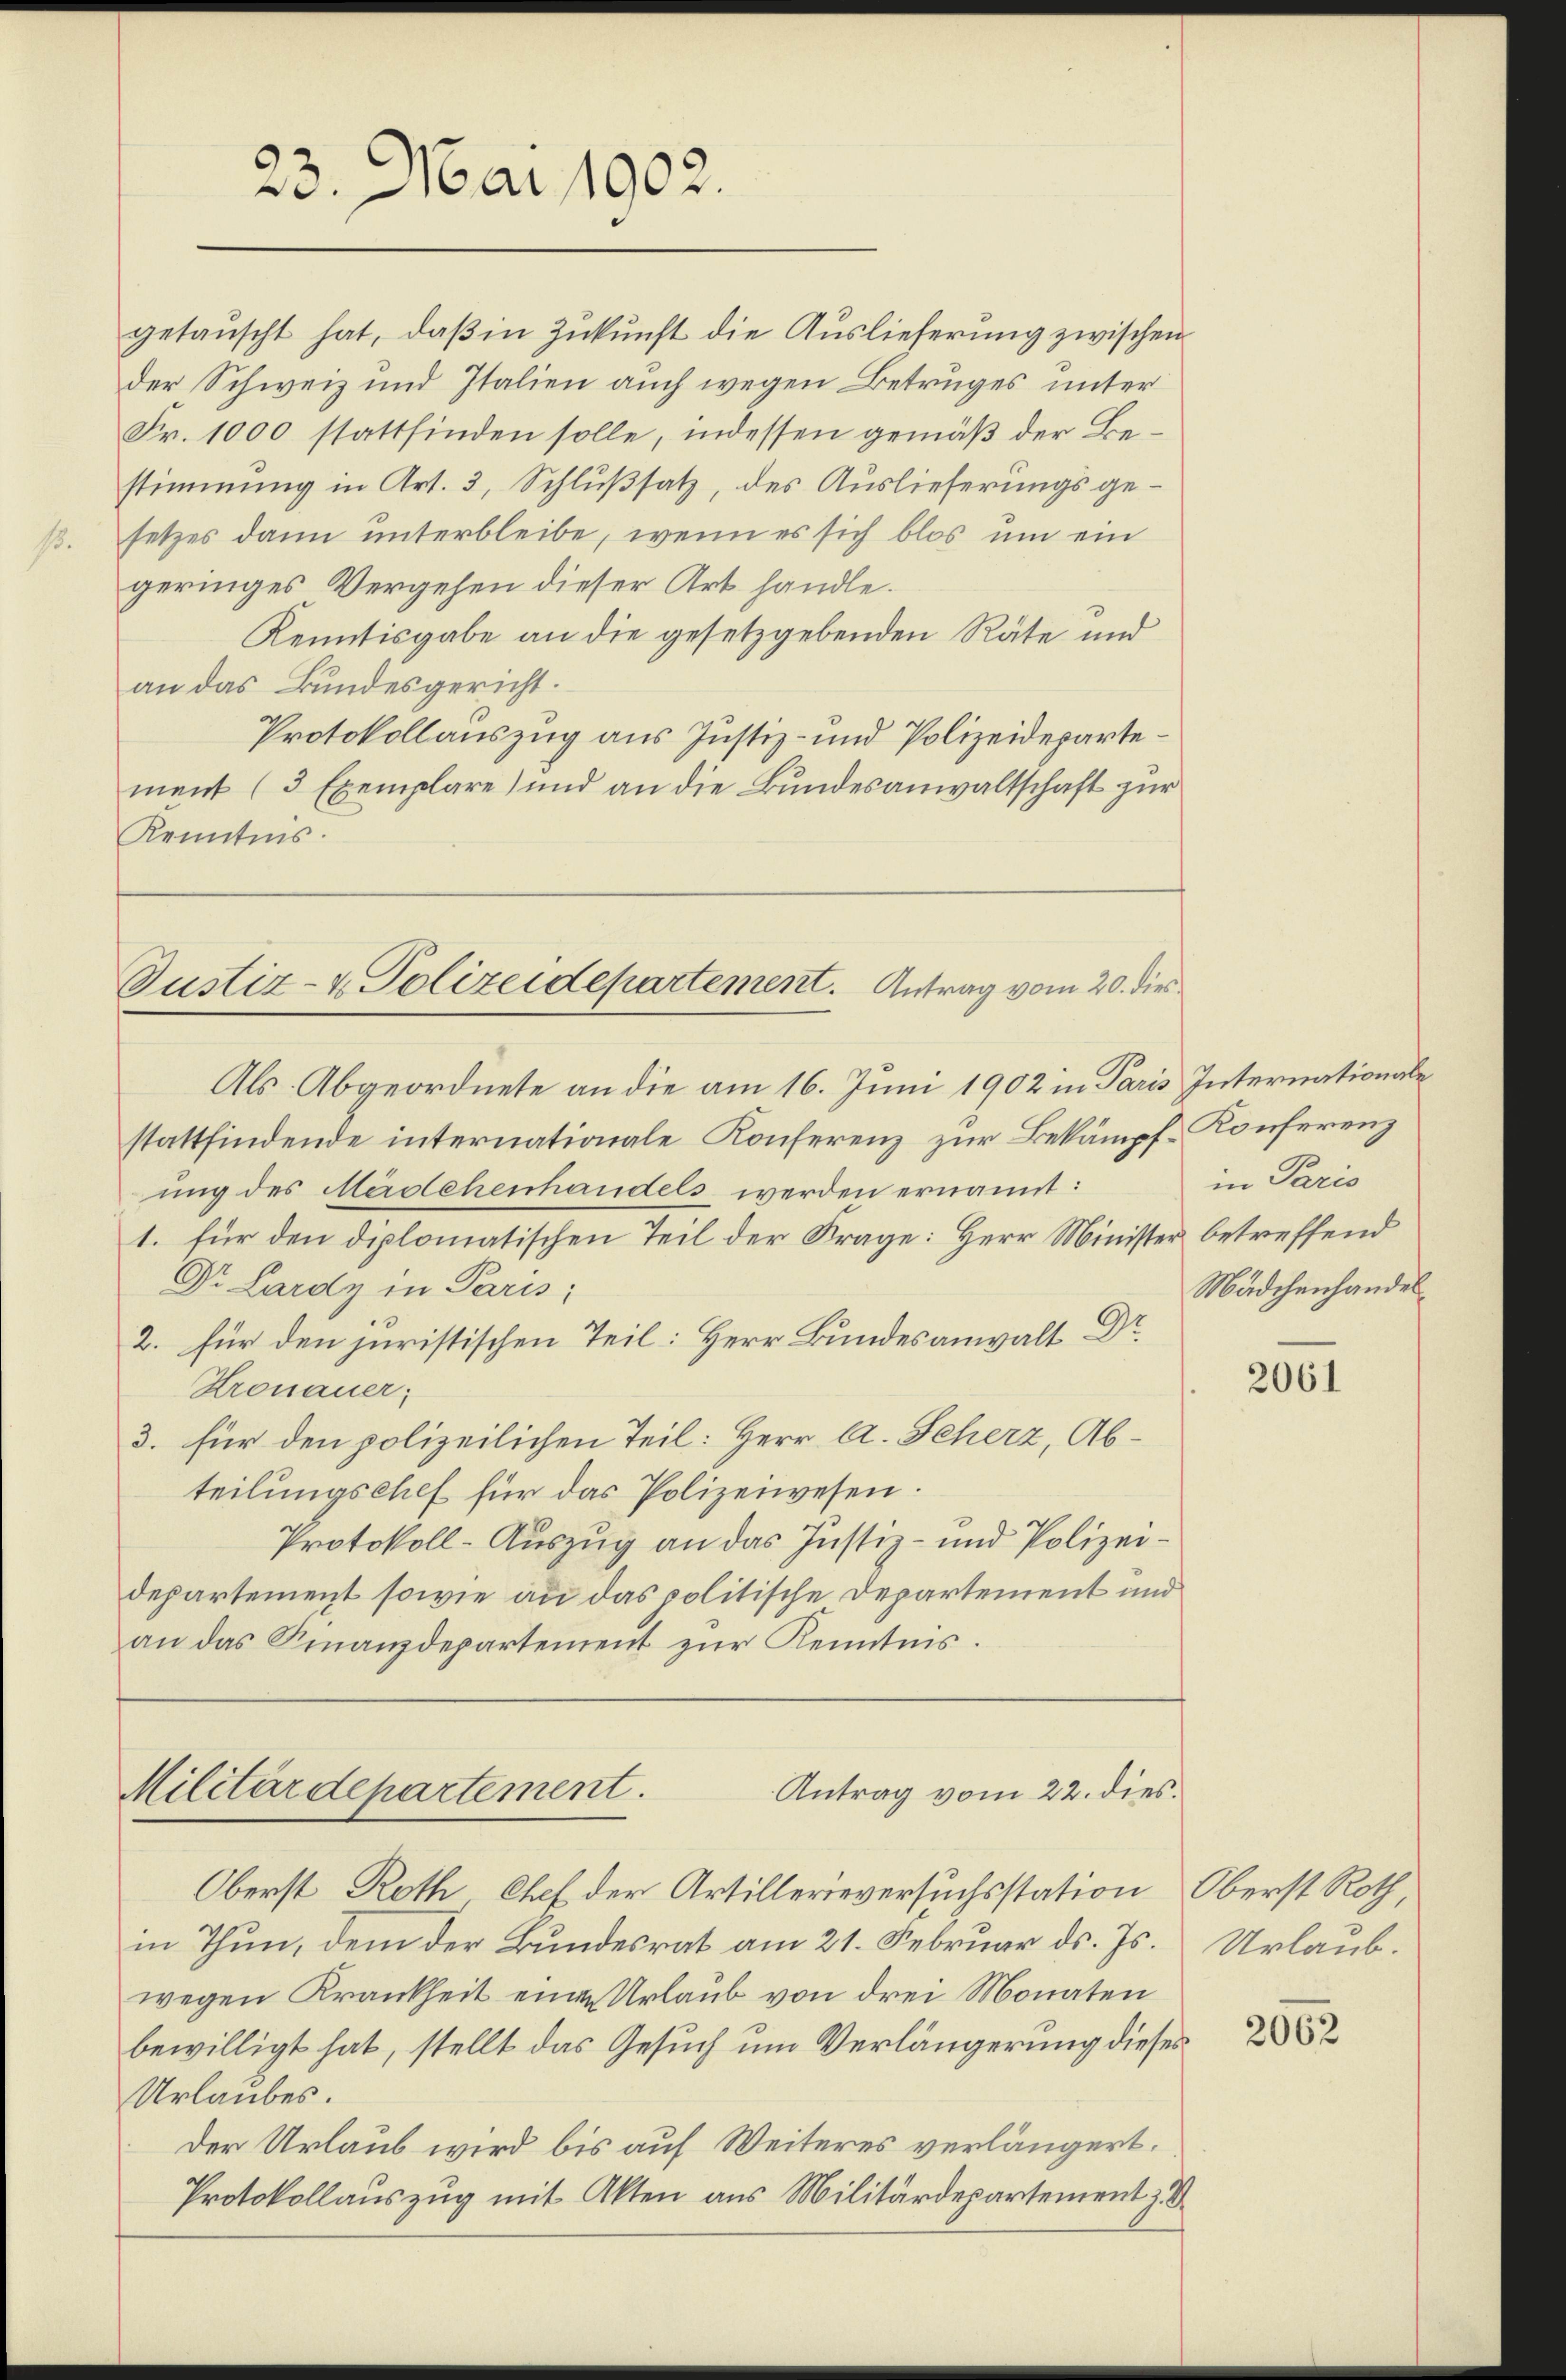
23. Mai 1902.

getaŭscht hat, daβ in Zŭkŭnft die Auslieferung zwischen
der Schweiz und Italien auch wegen Betruges unter
Fr. 1000 stattfinden solle, indessen gemäß der Bestimmung in Art. 3, Schlußsatz, des Auslieferungsgesetzes dann unterbleibe, wenn es sich blos um ein
geringes Vergehen dieser Art handle.
Kenntisgabe an die gesetzgebenden Räte und
an das Bundesgericht.
Protokollauszug aus Justiz- und Polizeidepartement (3 Exemplare) und an die Bundesanwaltschaft zur
Kenntnis.

Justiz- & Polizeidepartement. Antrag vom 20. dies

Antrag vom 22. dies
Militärdepartement.

Als Abgeordnete an die am 16. Juni 1902 in Paris Internationale
stattfindende internationale Konferenz zur Bekämpf-Konferenz
ung des Mädchenhandels werden ernannt:
1. für den diplomatischen Teil der Frage: Herr Minister betreffend
Dr. Lardy in Paris;
2. für den juristischen Teil: Herr Bundesanwalt Dr.
Kronauer,
3. für den polizeilichen Teil: Herr A. Scherz, Abteilungschef für das Polizeiwesen:
Protokoll-Auszug an das Justiz- und Polizeidepartement sowie an das politische Departement und
an das Finanzdepartement zŭr Kenntnis.

Oberst Roth Chef der Artillerieversuchsstation Oberst Roth,
in Thun, dem der Bundesrat am 21. Februar ds. Js.
wegen Krankheit einen Urlaub von drei Monaten
bewilligt hat, stellt das Gesuch um Verlängerung dieses
Urlaubes.
Der Urlaub wird bis auf Weiteres verlängert.
Protokollauszug mit Akten aus Militärdepartement z. B.

in Paris
Mädchenhandel

2061

Urlaub.

2062